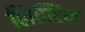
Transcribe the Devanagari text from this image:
लिफ्टिन